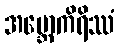
အဗ္ဘောကိရိဿံ